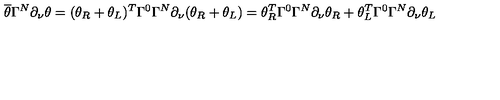
\overline { { \theta } } \Gamma ^ { N } \partial _ { \nu } \theta = ( \theta _ { R } + \theta _ { L } ) ^ { T } \Gamma ^ { 0 } \Gamma ^ { N } \partial _ { \nu } ( \theta _ { R } + \theta _ { L } ) = \theta _ { R } ^ { T } \Gamma ^ { 0 } \Gamma ^ { N } \partial _ { \nu } \theta _ { R } + \theta _ { L } ^ { T } \Gamma ^ { 0 } \Gamma ^ { N } \partial _ { \nu } \theta _ { L }